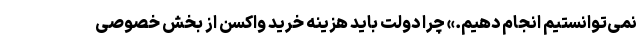
نمی‌توانستیم انجام دهیم.» چرا دولت باید هزینه خرید واکسن از بخش خصوصی